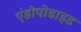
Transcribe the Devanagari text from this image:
एंडोपोडाइड